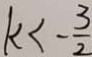
k < - \frac { 3 } { 2 }